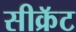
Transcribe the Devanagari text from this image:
सीक्रॅट